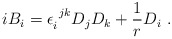
\begin{align*}iB_i = \epsilon_{i}^{~jk}D_j D_k +\frac{1}{r} D_i~.\end{align*}